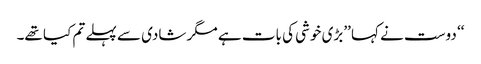
‘‘ دوست نے کہا ’’بڑی خوشی کی بات ہے مگر شادی سے پہلے تم کیا تھے۔